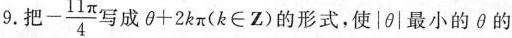
9.把 - \frac{11π}{4}写成$$θ + 2 k π$$(k\in Z)的形式，使|θ|最小的θ的